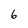
Character: 6